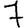
Digit: 7